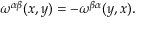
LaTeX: \omega ^ { \alpha \beta } ( x , y ) = - \omega ^ { \beta \alpha } ( y , x ) .